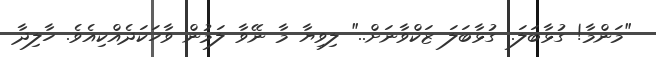
"މަންމާ! ގުޅާބަލަ.. ގުޅާބަލަ ޒަކްވާނަށް.." ލިވިޔާ މާ ނޭވާ ލަމުން ވާހަކަދެއްކިއެވެ. ހާލިދާ